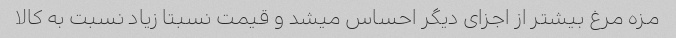
مزه مرغ بیشتر از اجزای دیگر احساس میشد و قیمت نسبتا زیاد نسبت به کالا